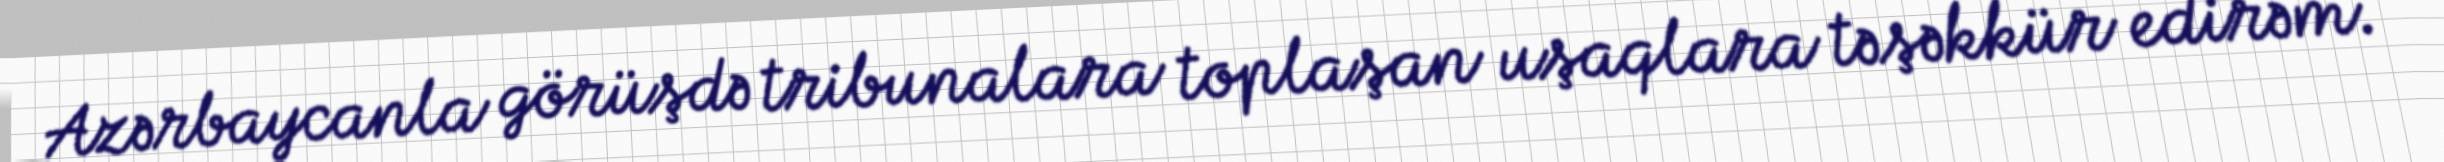
Azərbaycanla görüşdə tribunalara toplaşan uşaqlara təşəkkür edirəm.